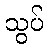
သွပ်